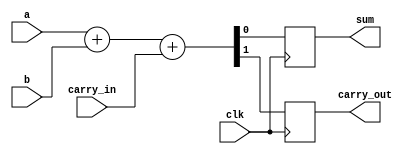
module adder(a, b, carry_in, clk, sum, carry_out);

	input a, b, carry_in;
	input clk;
	output sum, carry_out;
	reg sum, carry_out;

	always @ (posedge clk)
	begin
		{carry_out, sum} <= a + b + carry_in;
	end

endmodule